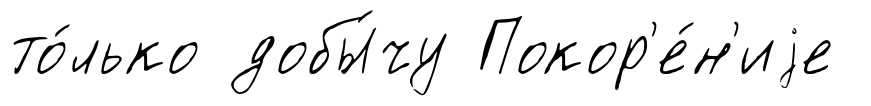
то́лько добы́чу Покор'е́н'иjе